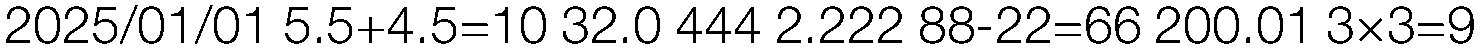
2025/01/01 5.5+4.5=10 32.0 444 2.222 88-22=66 200.01 3×3=9